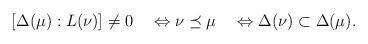
LaTeX: \begin{align*}[\Delta(\mu):L(\nu)]\not=0\quad\Leftrightarrow\nu\preceq\mu\quad\Leftrightarrow\Delta(\nu)\subset \Delta(\mu).\end{align*}